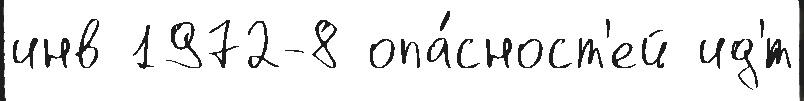
инв 1972-8 опа́сност'ей ид'́т